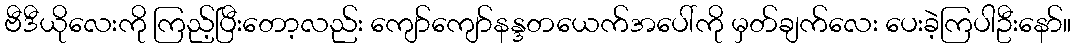
ဗီဒီယိုလေးကို ကြည့်ပြီးတော့လည်း ကျော်ကျော်နန္ဒတယေက်အပေါ်ကို မှတ်ချက်လေး ပေးခဲ့ကြပါဦးနော်။